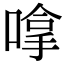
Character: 嗱